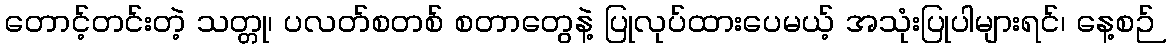
တောင့်တင်းတဲ့ သတ္တု၊ ပလတ်စတစ် စတာတွေနဲ့ ပြုလုပ်ထားပေမယ့် အသုံးပြုပါများရင်၊ နေ့စဉ်